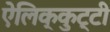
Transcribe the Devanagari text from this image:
ऐलिक्कुट्टी